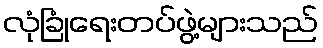
လုံခြုံရေးတပ်ဖွဲ့များသည်